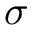
\sigma